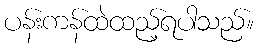
ပန်းကန်ထဲထည့်ရပါသည်။